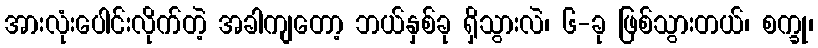
အားလုံးပေါင်းလိုက်တဲ့ အခါကျတော့ ဘယ်နှစ်ခု ရှိသွားလဲ၊ ၆-ခု ဖြစ်သွားတယ်၊ စက္ခု၊